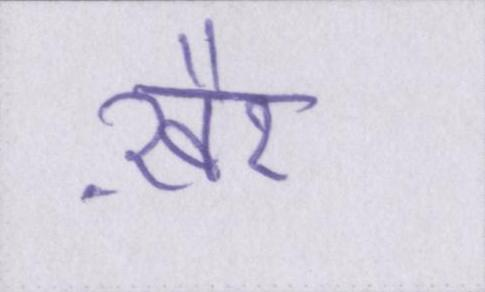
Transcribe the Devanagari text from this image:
ख़ैर